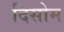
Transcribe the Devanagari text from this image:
दिसोम